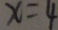
x = 4